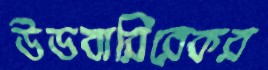
উডবারিরেকর